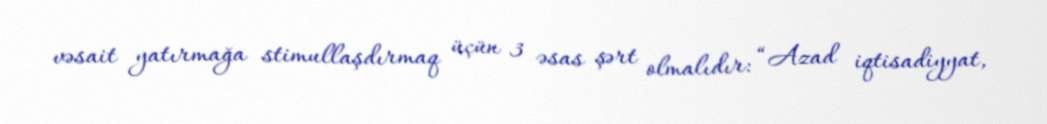
vəsait yatırmağa stimullaşdırmaq üçün 3 əsas şərt olmalıdır: “Azad iqtisadiyyat,